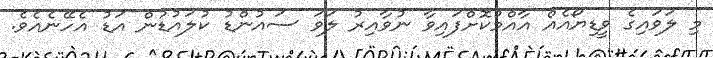
މި ލަވައިގެ ވީޑިޔޯއެއް އާއްމުކޮށްފައިވާ ނުވާއިރު ލަވަ ސައުންޑު ކުލައުޑުން އަޑު އެހޭނެއެވެ.